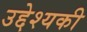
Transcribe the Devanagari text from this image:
उद्देश्यकी